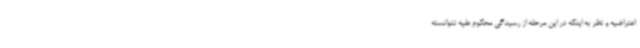
اعتراضیه و نظر به اینکه در این مرحله از رسیدگی محکوم علیه نتوانسته